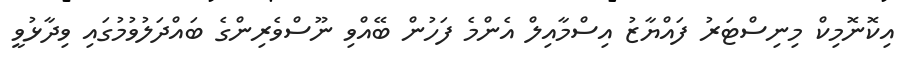
އިކޮނޮމިކް މިނިސްޓަރު ފައްޔާޒު އިސްމާއިލް އެންމެ ފަހުން ބޭއްވި ނޫސްވެރިންގެ ބައްދަލުވުމުގައި ވިދާޅުވީ